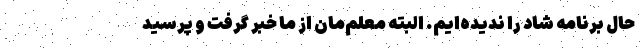
حال برنامه شاد را ندیده‌ایم. البته معلم‌مان از ما خبر گرفت و پرسید